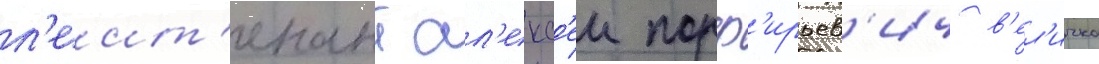
л'еит'енант ал'екс'еи порф'ирьев'ич в'ел'ичко